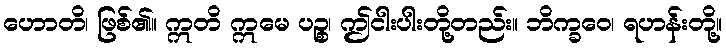
ဟောတိ၊ ဖြစ်၏။ ဣတိ ဣမေ ပဉ္စ၊ ဤငါးပါးတို့တည်း။ ဘိက္ခဝေ၊ ရဟန်းတို့။